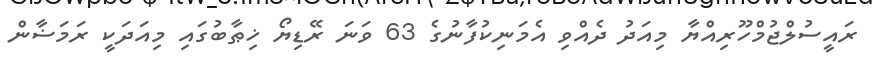
ރައީސުލްޖުމްހޫރިއްޔާ މިއަދު ދެއްވި އެމަނިކުފާނުގެ 63 ވަނަ ރޭޑިޔޯ ޚިޠާބުގައި މިއަދަކީ ރަމަޟާން